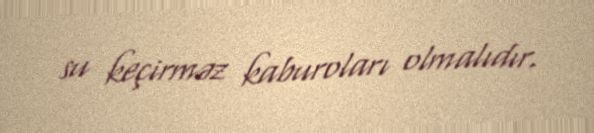
su keçirməz kaburoları olmalıdır.